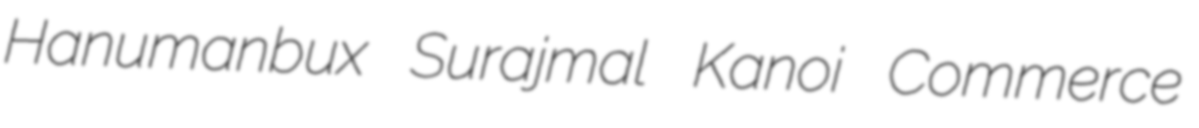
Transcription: Hanumanbux Surajmal Kanoi Commerce